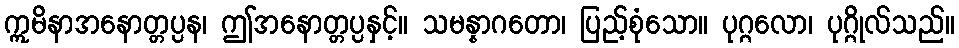
ဣမိနာအနောတ္တပ္ပန၊ ဤအနောတ္တပ္ပနှင့်။ သမန္နာဂတော၊ ပြည့်စုံသော။ ပုဂ္ဂလော၊ ပုဂ္ဂိုလ်သည်။